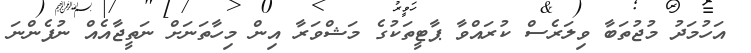
އަހުމަދު މުޖުތަބާ ވިލަރެސް ކުރައްވާ ޕާޓީތަކުގެ މަޝްވަރާ އިން މިހާތަނަށް ނަތީޖާއެއް ނުފެންނަ